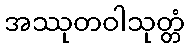
အဿုတဝါသုတ္တံ